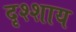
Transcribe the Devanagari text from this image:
दृश्शाय